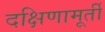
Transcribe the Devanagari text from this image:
दक्षिणामूर्ती